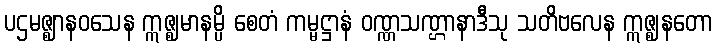
ပဌမဇ္ဈာနဝသေန ဣဇ္ဈမာနမ္ပိ စေတံ ကမ္မဋ္ဌာနံ ဝဏ္ဏသဏ္ဌာနာဒီသု သတိဗလေန ဣဇ္ဈနတော